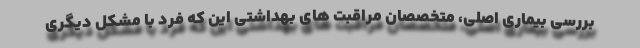
بررسی بیماری اصلی، متخصصان مراقبت های بهداشتی این که فرد با مشکل دیگری